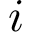
i